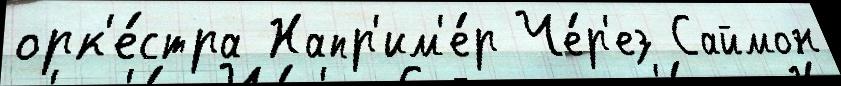
орк'е́стра Напр'им'е́р Че́р'ез Саймон